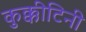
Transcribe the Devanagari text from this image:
कुक्कीटिनी